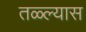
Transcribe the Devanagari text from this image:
तळ्ल्यास